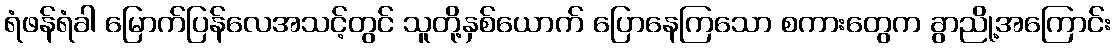
ရံဖန်ရံခါ မြောက်ပြန်လေအသင့်တွင် သူတို့နှစ်ယောက် ပြောနေကြသော စကားတွေက ခွာညို့အကြောင်း